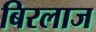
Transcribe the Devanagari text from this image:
बिरलाज